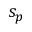
s _ { p }